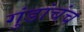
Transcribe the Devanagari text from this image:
गुंडांचंच